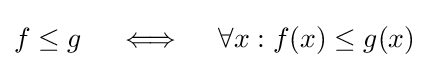
f\leq g\quad \iff \quad \forall x:f(x)\leq g(x)